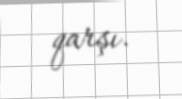
qarşı.